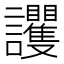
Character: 𧮞